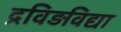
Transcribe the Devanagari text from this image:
द्रविड़विद्या